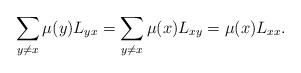
LaTeX: \begin{align*} \sum_{y \neq x}\mu(y) L_{y x} = \sum_{y \neq x}\mu(x) L_{x y} = \mu(x) L_{x x}. \end{align*}